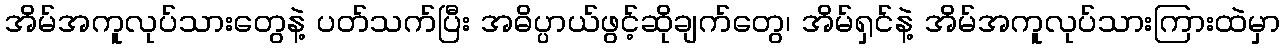
အိမ်အကူလုပ်သားတွေနဲ့ ပတ်သက်ပြီး အဓိပ္ပာယ်ဖွင့်ဆိုချက်တွေ၊ အိမ်ရှင်နဲ့ အိမ်အကူလုပ်သားကြားထဲမှာ